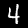
Label: 4